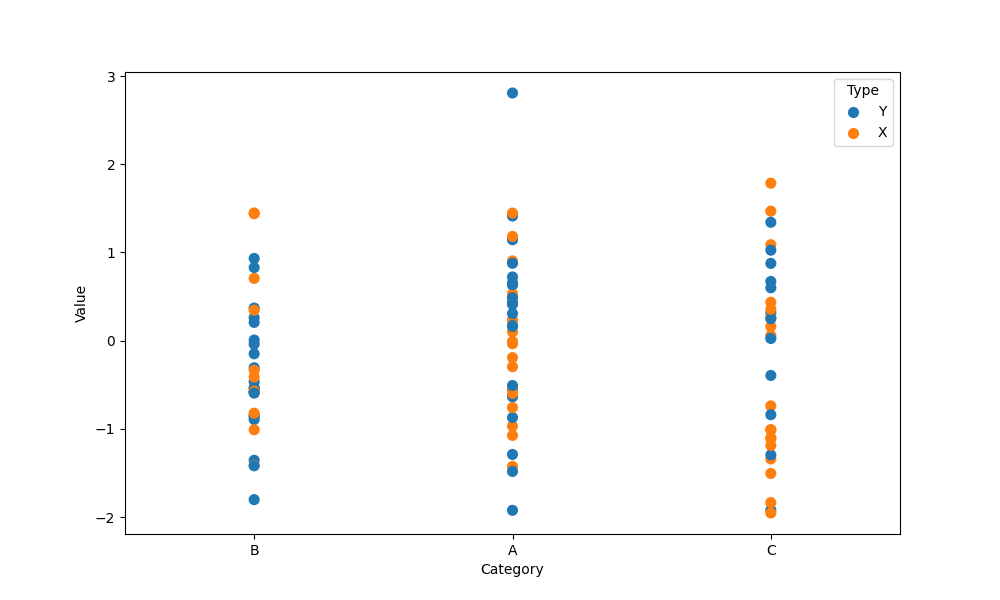
python, seaborn, stripplot, jitter=False, dodge=False, alpha=1.0, size=8